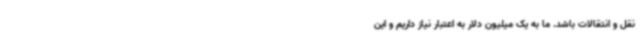
نقل و انتقالات باشد. ما به یک میلیون دلار به اعتبار نیاز داریم و این